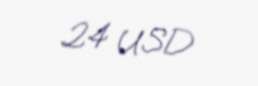
24 USD